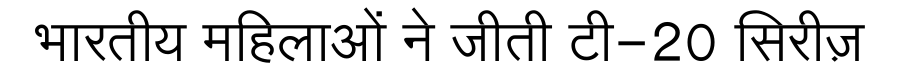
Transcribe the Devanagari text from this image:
भारतीय महिलाओं ने जीती टी-20 सिरीज़